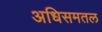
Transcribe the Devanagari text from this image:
अधिसमतल